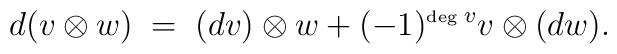
d ( v \otimes w ) \; = \; (dv) \otimes w + (-1)^{\hbox{\tiny deg\ }v}v \otimes (dw).